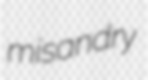
misandry